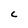
Character: c